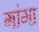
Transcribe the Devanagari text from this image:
गांगा